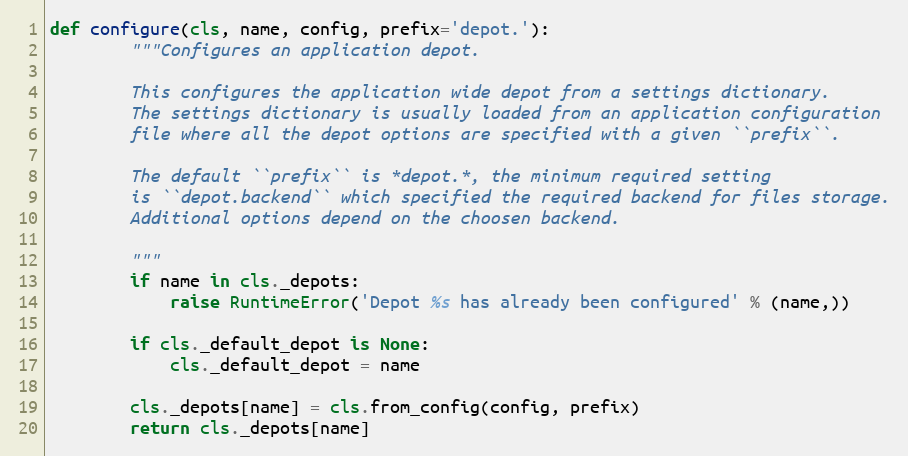
Language: Python
def configure(cls, name, config, prefix='depot.'):
        """Configures an application depot.

        This configures the application wide depot from a settings dictionary.
        The settings dictionary is usually loaded from an application configuration
        file where all the depot options are specified with a given ``prefix``.

        The default ``prefix`` is *depot.*, the minimum required setting
        is ``depot.backend`` which specified the required backend for files storage.
        Additional options depend on the choosen backend.

        """
        if name in cls._depots:
            raise RuntimeError('Depot %s has already been configured' % (name,))

        if cls._default_depot is None:
            cls._default_depot = name

        cls._depots[name] = cls.from_config(config, prefix)
        return cls._depots[name]